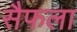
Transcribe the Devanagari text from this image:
सैफला